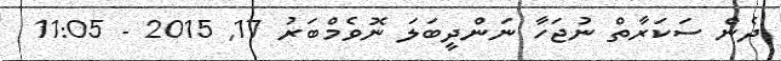
ދެން ސަކަރާތް ނުޖަހާ ނަންދީބަލަ ނޮވެމްބަރު 17